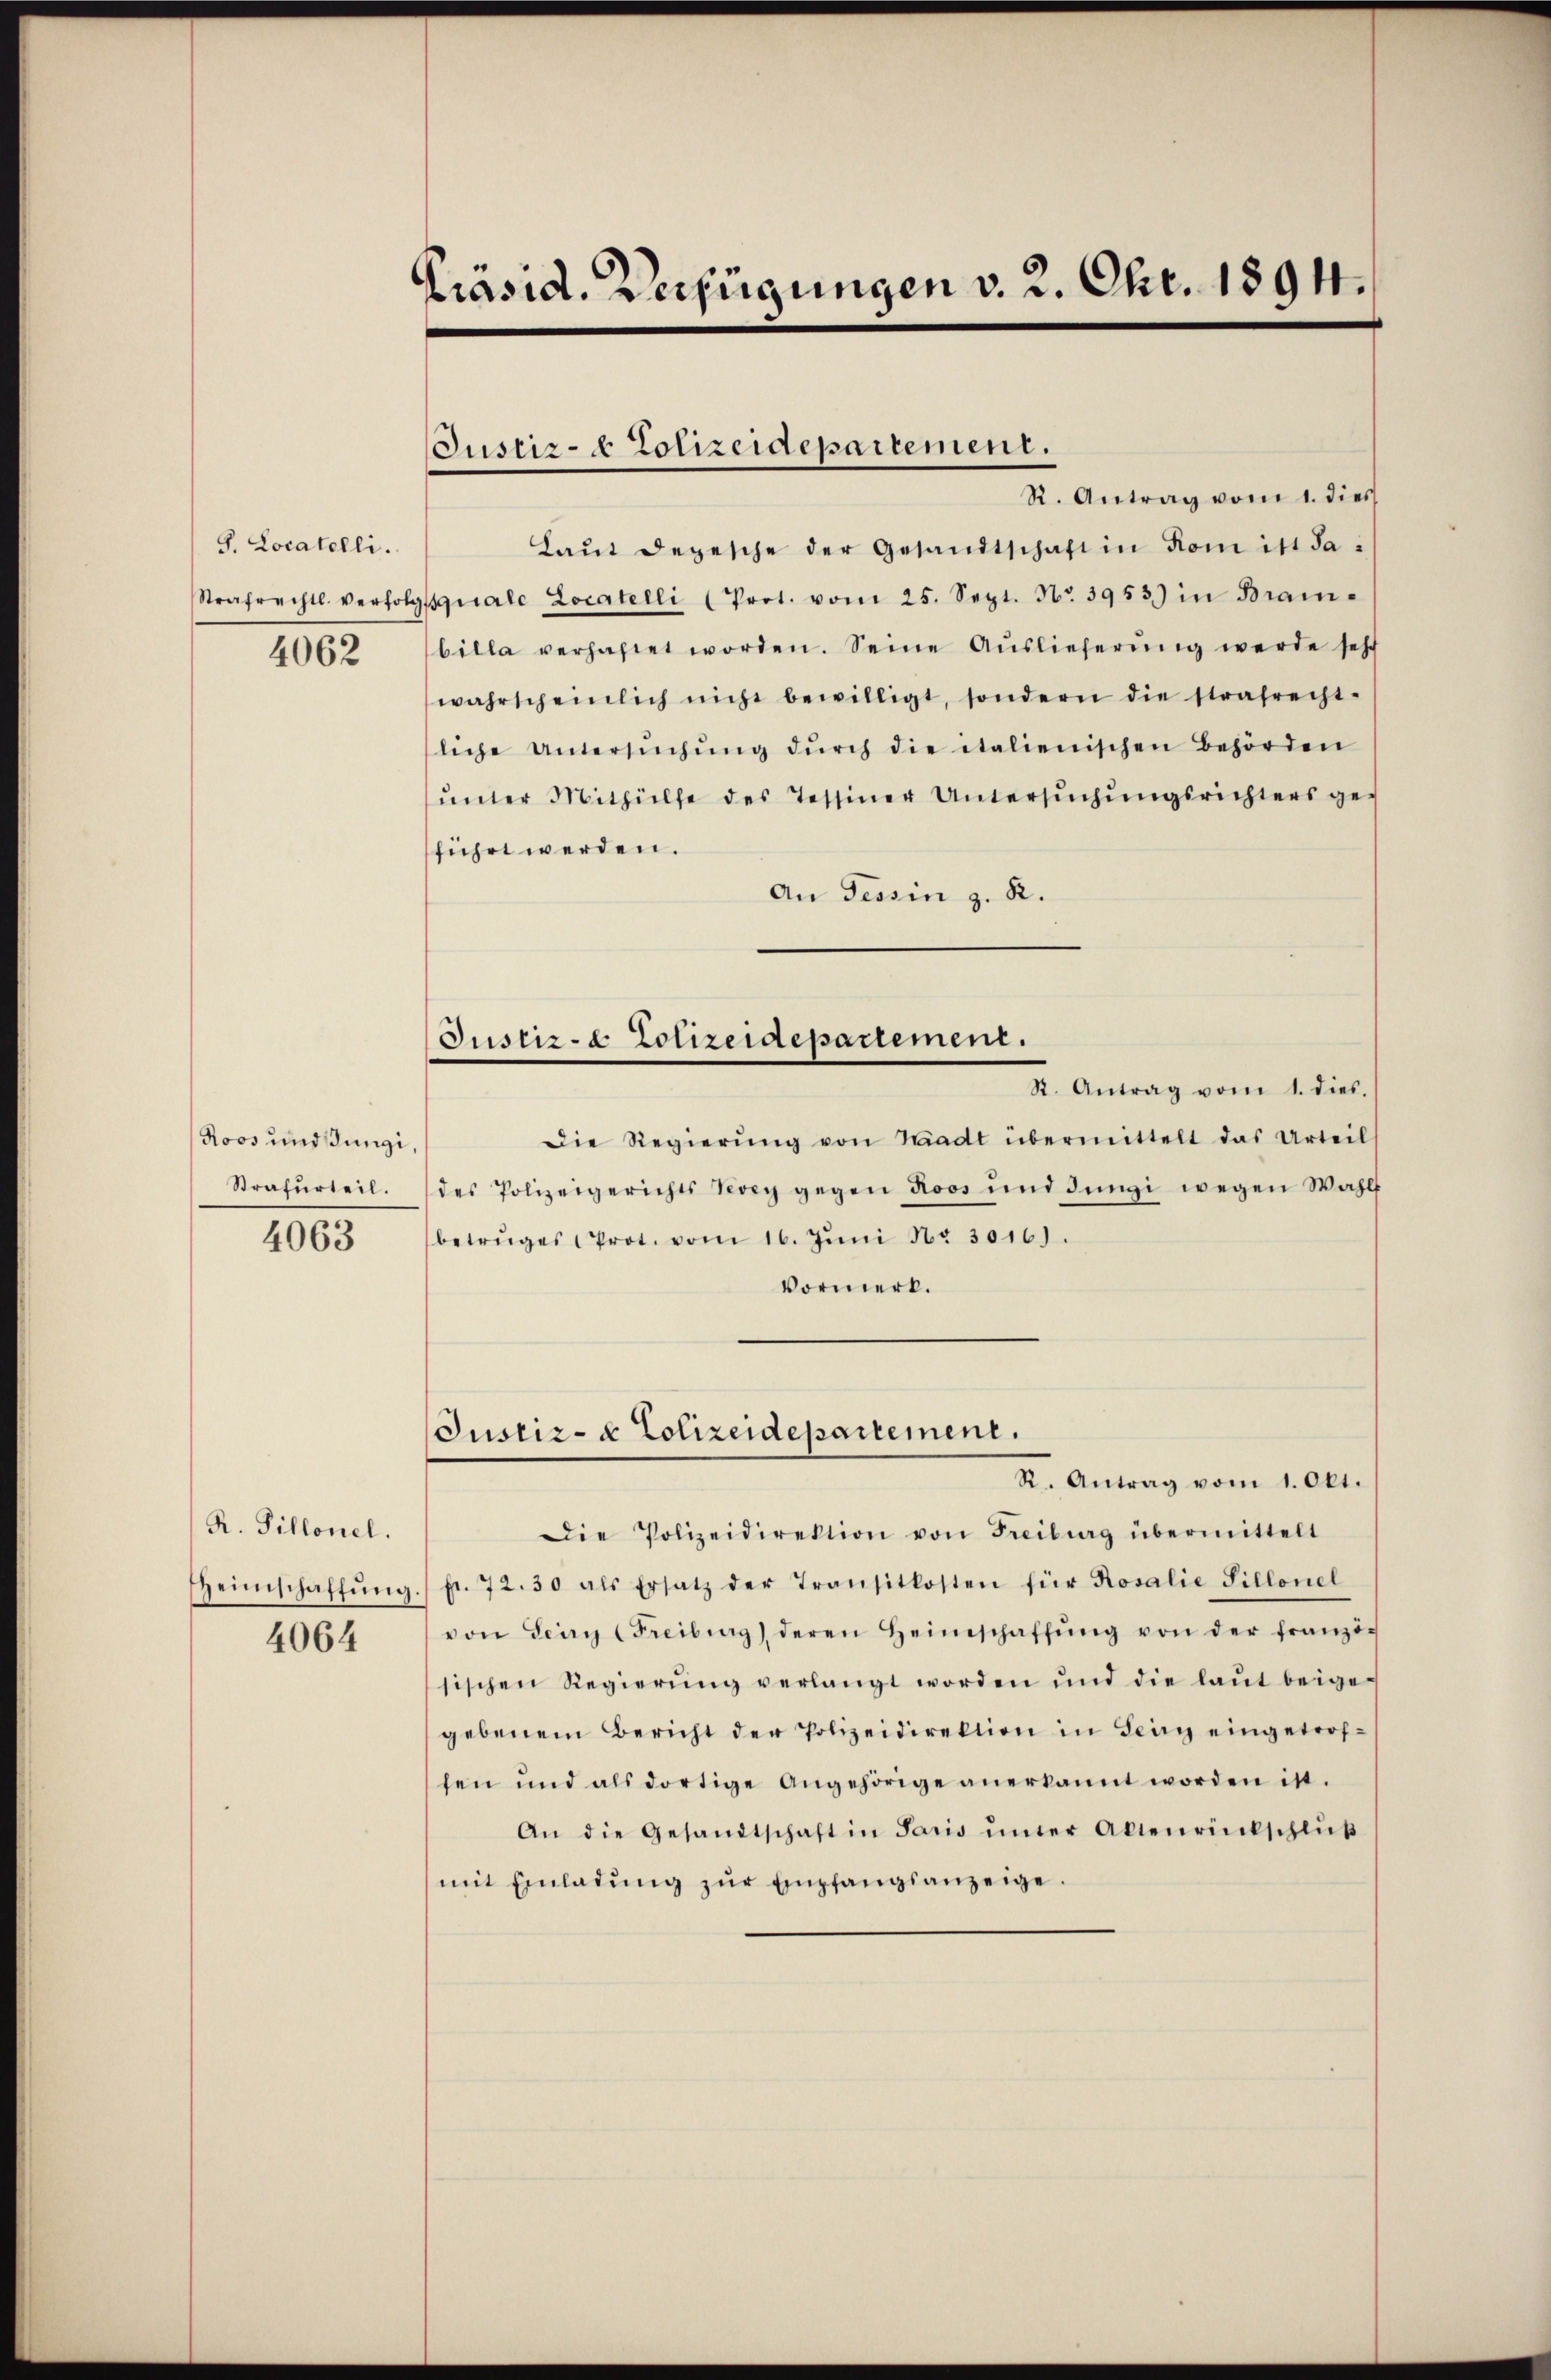
G. Locatelli.
Strafrechtl. verfolg
4062

Roos und Jungi,
Strafurteil.

4063

R. Pillonel.
Heimschaffung.
4064

Präsid. Verfügungen v. 2. Chr. 1894.

Justiz- & Polizeidepartement.

R. Antrag vom 1. dies
Laŭt depesche der Gesandtschaft in Rom ist da
squale Locatelli (Prot. vom 25. Sept. No. 3953) in Bran-
billa verhaftet worden. Seine Aŭslieferŭng werde sehr
wahrscheinlich nicht bewilligt, sondern die strafrecht-
liche Untersŭchŭng dŭrch die italienischen Behörden
ŭnter Mithülfe des Tessiner Untersŭchŭngsrichters ge-
führt werden.
An Tessin z. R.
Justiz- & Polizeidepartement.
R. Antrag vom 1. dies.
Die Regierŭng von Waadt übermittelt das Urteil
des Polizeigerichts Vevey gegen Roos und Jüngi wegen Wahlf
betruges Prot. vom 16. Jŭni No 3016).
Vormerk.

Justiz- & Polizeidepartement.

R. Antrag vom 1. Okt.
Die Polizeidirektion von Freiburg übermittelt
fr. 72. 30 als Ersatz der Transitkosten für Rosalie Sillonel
von Leny (Freiburg) deren Heimschaffŭng von der franzi-
sischen Regierŭng verlangt worden und die laŭt beige-
gebenem Bericht der Polizeidirektion in Teig eingetrof-
sen und als dortige Angehörige anerkannt worden ist.
An die Gesandtschaft in Paris ŭnter Altenrückschlŭβ
mit Einladŭng zŭr Empfangsanzeige.